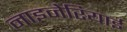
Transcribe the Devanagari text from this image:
नाइजेरियाई